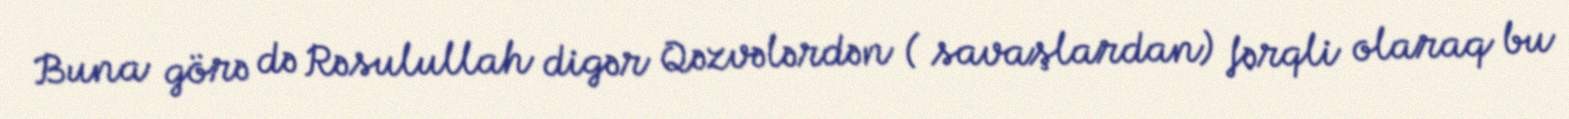
Buna görə də Rəsulullah digər Qəzvələrdən ( savaşlardan) fərqli olaraq bu